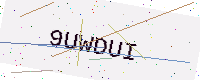
Text: 9UWDUI